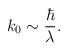
\begin{align*}k_0 \sim {\hbar \over \lambda}.\end{align*}